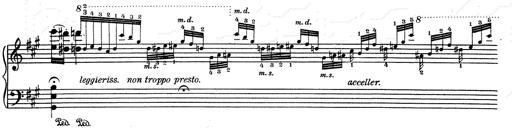
Title: RÃ©miniscences de Don Juan
Composer: Franz Liszt